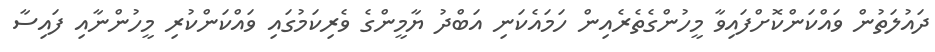
ދައުލަތުން ވައްކަންކޮށްފައިވާ މީހުންގެތެރެއިން ހަމައެކަނި އަބްދު ޔާމީންގެ ވެރިކަމުގައި ވައްކަންކުރި މީހުންނާއި ފައިސާ